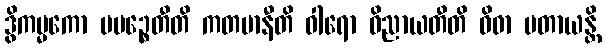
ဒွိကမ္မကော ပပဉ္စေတီတိ ကတမာနီတိ ဝါရော ဝိညာယတီတိ ဝိဓာ ပတာယန္တိ